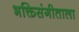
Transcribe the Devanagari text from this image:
भक्तिसंगीताला